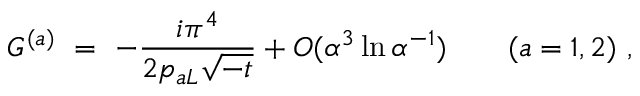
G ^ { ( a ) } \ = \ - \frac { i \pi ^ { 4 } } { 2 p _ { a L } \sqrt { - t } } + O ( \alpha ^ { 3 } \ln \alpha ^ { - 1 } ) \ \ \ \ \ \ ( a = 1 , 2 ) \ ,